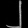
Digit: ၂